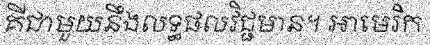
គីជាមួយនឹងលទ្ធផលវិជ្ជមាន។ អាមេរិក